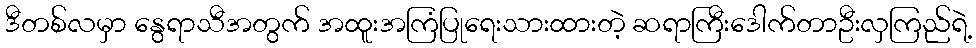
ဒီတစ်လမှာ နွေရာသီအတွက် အထူးအကြံပြုရေးသားထားတဲ့ ဆရာကြီးဒေါက်တာဦးလှကြည်ရဲ့